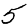
Digit: 5